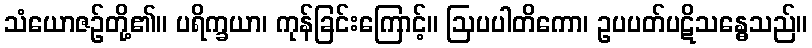
သံယောဇဉ်တို့၏။ ပရိက္ခယာ၊ ကုန်ခြင်းကြောင့်။ ဩပပါတိကော၊ ဥပပတ်ပဋိသန္ဓေသည်။